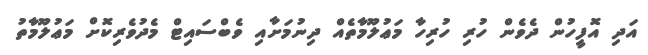
އަދި އޮފީހުން ދެވެން ހުރި ހުރިހާ މަޢުލޫމާތެއް ދިނުމަށާއި ވެބްސައިޓް މެދުވެރިކޮށް މަޢުލޫމާތު